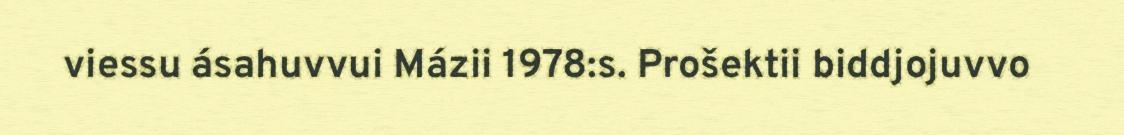
viessu ásahuvvui Mázii 1978:s. Prošektii biddjojuvvo